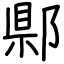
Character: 郻